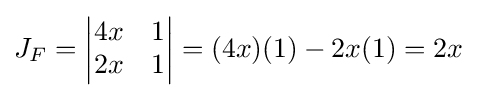
J_{F}=\left|{\begin{matrix}4x&1\\2x&1\end{matrix}}\right|=(4x)(1)-2x(1)=2x